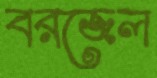
বরজেল